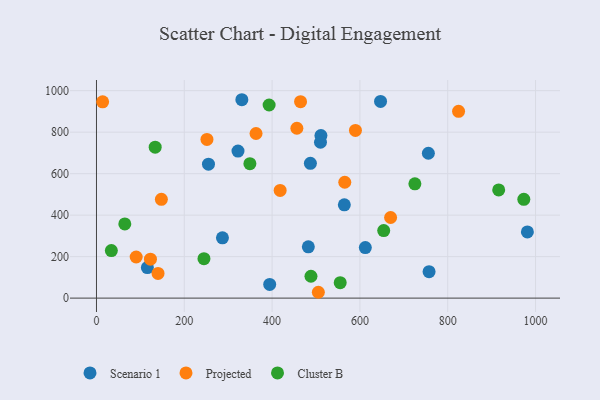
{"axis": {"x": "Distance", "y": "Rating"}, "legend": ["Cluster B", "Projected", "Scenario 1"], "data": [{"x": "612.3", "y": 243.6, "type": "Scenario 1"}, {"x": "331.1", "y": 956.4, "type": "Scenario 1"}, {"x": "487.2", "y": 649.7, "type": "Scenario 1"}, {"x": "255.1", "y": 645.5, "type": "Scenario 1"}, {"x": "115.9", "y": 147.2, "type": "Scenario 1"}, {"x": "482.5", "y": 247.3, "type": "Scenario 1"}, {"x": "755.9", "y": 698.4, "type": "Scenario 1"}, {"x": "511.2", "y": 783.8, "type": "Scenario 1"}, {"x": "510.2", "y": 751.4, "type": "Scenario 1"}, {"x": "757.5", "y": 127.3, "type": "Scenario 1"}, {"x": "981.4", "y": 319.0, "type": "Scenario 1"}, {"x": "286.9", "y": 290.9, "type": "Scenario 1"}, {"x": "564.5", "y": 449.8, "type": "Scenario 1"}, {"x": "647.0", "y": 948.1, "type": "Scenario 1"}, {"x": "394.5", "y": 65.9, "type": "Scenario 1"}, {"x": "322.3", "y": 709.0, "type": "Scenario 1"}, {"x": "90.4", "y": 198.2, "type": "Projected"}, {"x": "363.4", "y": 793.6, "type": "Projected"}, {"x": "140.2", "y": 119.0, "type": "Projected"}, {"x": "505.3", "y": 28.2, "type": "Projected"}, {"x": "565.5", "y": 558.5, "type": "Projected"}, {"x": "464.8", "y": 946.9, "type": "Projected"}, {"x": "589.8", "y": 808.4, "type": "Projected"}, {"x": "122.9", "y": 188.0, "type": "Projected"}, {"x": "824.7", "y": 900.6, "type": "Projected"}, {"x": "147.8", "y": 476.1, "type": "Projected"}, {"x": "14.0", "y": 946.1, "type": "Projected"}, {"x": "418.3", "y": 519.3, "type": "Projected"}, {"x": "456.4", "y": 818.9, "type": "Projected"}, {"x": "251.6", "y": 765.0, "type": "Projected"}, {"x": "669.9", "y": 388.6, "type": "Projected"}, {"x": "654.2", "y": 325.6, "type": "Cluster B"}, {"x": "555.1", "y": 74.7, "type": "Cluster B"}, {"x": "973.3", "y": 476.1, "type": "Cluster B"}, {"x": "393.2", "y": 930.9, "type": "Cluster B"}, {"x": "64.5", "y": 357.5, "type": "Cluster B"}, {"x": "725.2", "y": 550.9, "type": "Cluster B"}, {"x": "33.9", "y": 229.3, "type": "Cluster B"}, {"x": "349.4", "y": 648.2, "type": "Cluster B"}, {"x": "488.5", "y": 105.5, "type": "Cluster B"}, {"x": "916.1", "y": 521.6, "type": "Cluster B"}, {"x": "244.8", "y": 190.0, "type": "Cluster B"}, {"x": "133.7", "y": 727.9, "type": "Cluster B"}]}